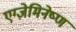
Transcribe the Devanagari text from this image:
एग्ज़ेमिनेष्ण